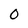
Character: 0